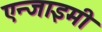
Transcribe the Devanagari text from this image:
एन्जाइमी